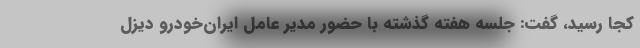
کجا رسید، گفت: جلسه هفته گذشته با حضور مدیر عامل ایران‌خودرو دیزل